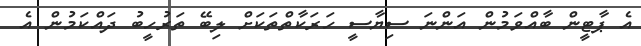
އެ ޕާޓީން ބާއްވަމުން އަންނަ ސިޔާސީ ހަރަކާތްތަކަށް ލިބޭ ތަރުހީބު ދައްކަމުން އެ